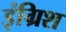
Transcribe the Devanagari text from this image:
इंग्रिश